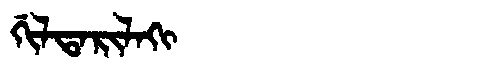
Manchu: ᡤᡳᠯᡨᠠᡵᡳᠯᠠᡴᡳ
Romanization: GILTARILAKI